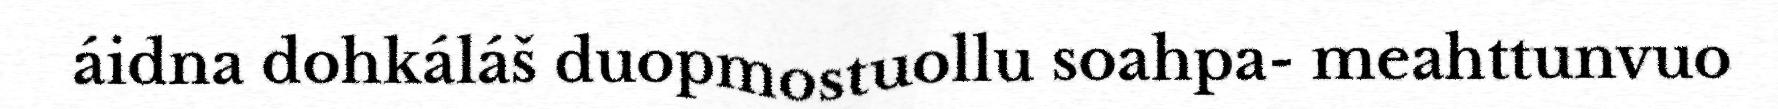
áidna dohkáláš duopmostuollu soahpa- meahttunvuo